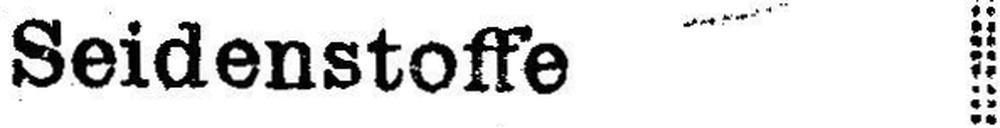
Seidenstoffe